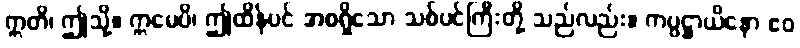
ဣတိ၊ ဤသို့။ ဣမေပိ၊ ဤထိန်ပင် အစရှိသော သစ်ပင်ကြီးတို့ သည်လည်း။ ကပ္ပဋ္ဌာယိနော ဧဝ